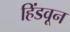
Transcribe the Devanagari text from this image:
हिंडवून